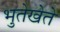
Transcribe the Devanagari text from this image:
भुतेखेते